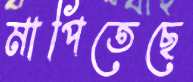
মাপিতেছে